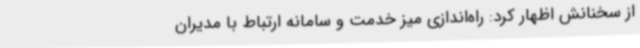
از سخنانش اظهار کرد: راه‌اندازی میز خدمت و سامانه ارتباط با مدیران